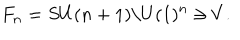
F _ { n } = S U ( n + 1 ) / U ( 1 ) ^ { n } \ni V .